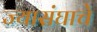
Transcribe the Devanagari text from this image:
ज्यासंघाचे